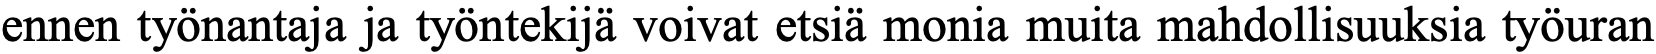
ennen työnantaja ja työntekijä voivat etsiä monia muita mahdollisuuksia työuran